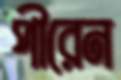
পীরেন